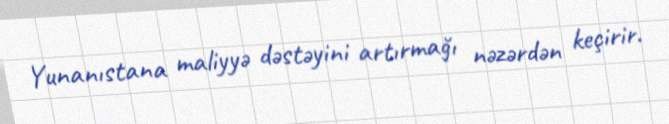
Yunanıstana maliyyə dəstəyini artırmağı nəzərdən keçirir.